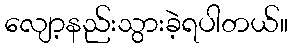
လျော့နည်းသွားခဲ့ရပါတယ်။